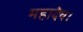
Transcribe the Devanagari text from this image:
महादेव।